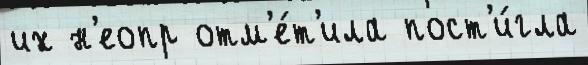
их н'еопр отм'е́т'ила пост'и́гла